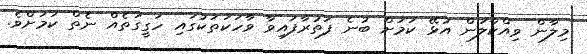
މިލާން ވިއްކާލަން އުޅޭ ކަމަށް ބުނެ ފަތުރާފައިވާ ވާހަކަތަކުގައި ހަގީގަތެއް ނެތް ކަމަށްވެ.